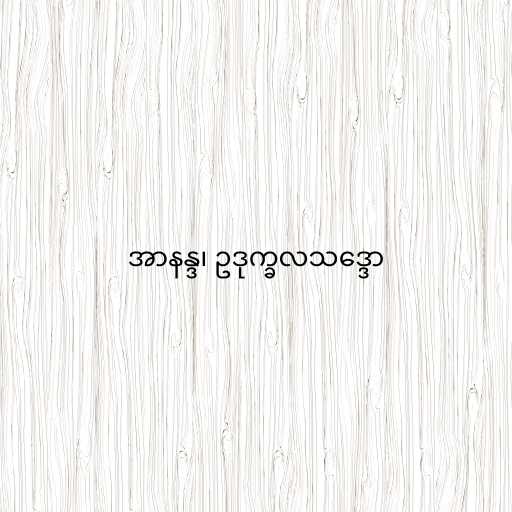
အာနန္ဒ၊ ဥဒုက္ခလသဒ္ဒော